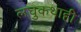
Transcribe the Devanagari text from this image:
लघुकथाही